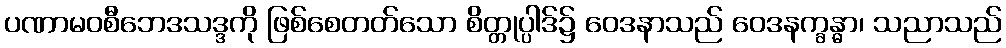
ပဏာမဝစီဘေဒသဒ္ဒကို ဖြစ်စေတတ်သော စိတ္တုပ္ပါဒ်၌ ဝေဒနာသည် ဝေဒနက္ခန္ဓာ၊ သညာသည်